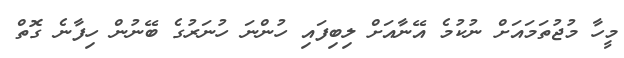
މީހާ މުޖުތަމައަށް ނުކުމެ އޭނާއަށް ލިބިފައި ހުންނަ ހުނަރުގެ ބޭނުން ހިފާނެ ގޮތް